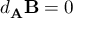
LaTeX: d _ { \mathbf { A } } \mathbf { B } = 0